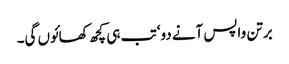
برتن واپس آنے دو‘ تب ہی کچھ کھائوں گی۔